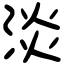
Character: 淡